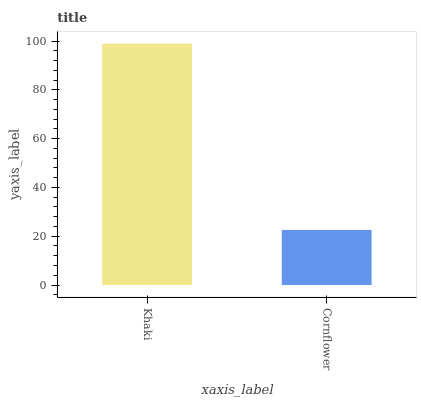
| xaxis_label | bars |
 | --- | --- |
 | Khaki | 99 |
 | Cornflower | 22.6 |